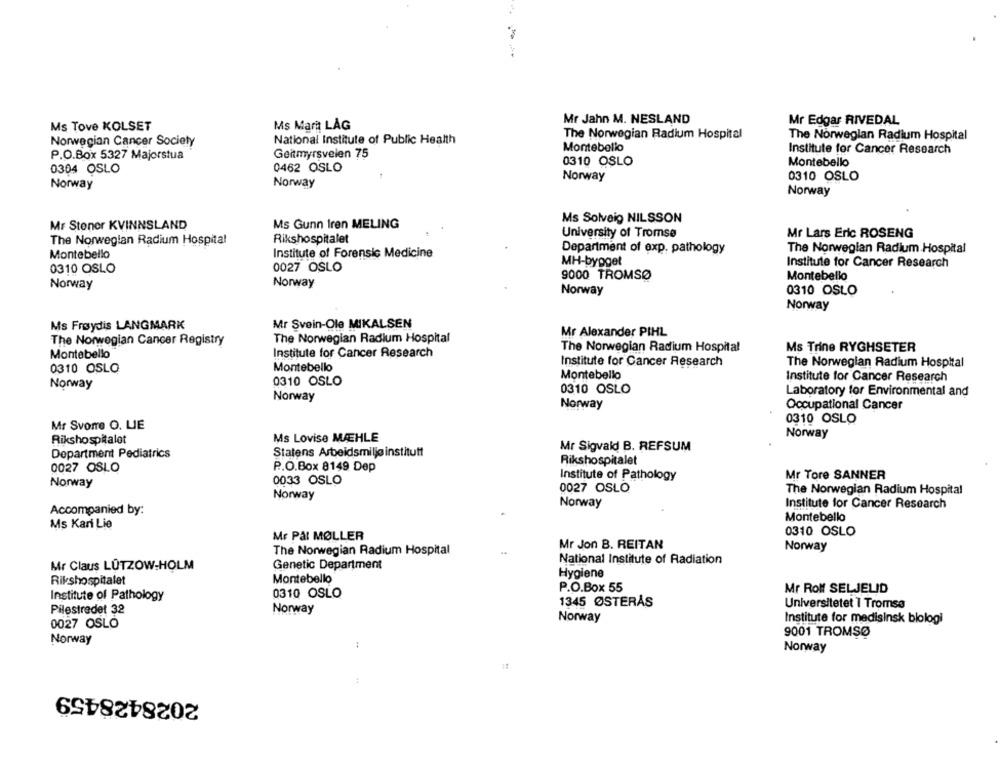
Mr Jahn M. NESLAND
Mr Edgar RIVEDAL
Ms Tove KOLSET
Ms Mari LÅG
The Norwegian Radium Hospital
The Norwegian Radium Hospital
Norwegian Cancer Society
National Institute of Public Health
Montebello
Institute for Cancer Research
P.O.Box 5327 Majorstua
Geitmyrsveien 75
0310 OSLO
0304 OSLO
0462 OSLO
Montebello
0310 OSLO
Norway
Norway
Norway
Norway
Ms Solveig NILSSON
MF Stoner KVINNSLAND
Ms Gunn Iren MELING
University of Tromsø
Mr Lars Eric ROSENG
The Norwegian Radium Hospital
Rikshospitalet
Department of exp. pathology
The Norwegian Radium Hospital
Montebello
Institute of Forensic Medicine
MH-bygget
0027 OSLO
Institute for Cancer Research
0310 OSLO
Montebello
9000 TROMSØ
Norway
Norway
Norway
0310 OSLO
Norway
Ms Frøydis LANGMARK
Mr Svein-Ole MIKALSEN
Mr Alexander PIHL
The Norwegian Cancer Registry
The Norwegian Radium Hospital
The Norwegian Radium Hospital
Ms Trine RYGHSETER
Montebello
Institute for Cancer Research
Institute for Cancer Research
The Norwegian Radium Hospital
0310 OSLO
Montebello
Montebello
0310 OSLO
Institute for Cancer Research
Norway
Norway
0310 OSLO
Laboratory for Environmental and
Norway
Occupational Cancer
0310 OSLO
Mr Svonre O. LIE
Norway
Rikshospitalet
Ms Lovise MÆHLE
Mr Sigvald B. REFSUM
Department Pediatrics
Statens Arbeidsmiljø institutt
P .. O.Box 8149 Dep
Rikshospitalet
0027 OSLO
0033 OSLO
Institute of Pathology
Mr Tore SANNER
Norway
0027 OSLO
Norway
The Norwegian Radium Hospital
Norway
Institute for Cancer Research
Accompanied by:
Montebello
Ms Kari Lie
0310 OSLO
Mr Pål MØLLER
The Norwegian Radium Hospital
Mr Jon B. REITAN
Norway
Genetic Department
National Institute of Radiation
Mr Claus LÜTZOW-HOLM
Hygiene
Rikshospitalet
Montebello
P.O.Box 55
Institute of Pathology
0310 OSLO
Mr Rolf SELJELID
1345 ØSTERÅS
Universitetet 1 Tromsø
Pilestredet 32
Norway
Norway
Institute for medisinsk biologi
0027 OSLO
9001 TROMSØ
Norway
Norway
2028428459